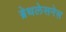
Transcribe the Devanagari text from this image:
ब्रेथलेसनेस